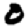
Digit: 0